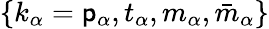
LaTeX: \{ k_{\alpha}=\mathsf{p}_{\alpha},t_{\alpha},m_{\alpha},\bar{{m}}_{\alpha}\}